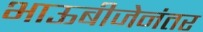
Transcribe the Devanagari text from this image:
भाऊबीजेनंतर